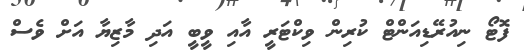
ފޮޓޯ ނިއުރޭޑިއަންޓް ކުރިން ވިކްޓަރީ އާއި ވީބީ އަދި މާޒިޔާ އަށް ވެސް